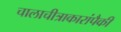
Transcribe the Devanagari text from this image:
चालाचीत्राकारांपैकी